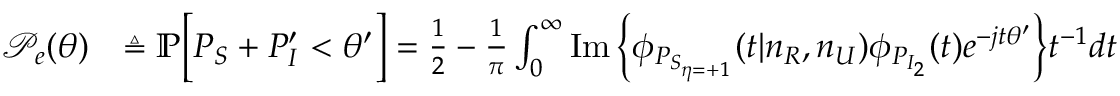
\begin{array} { r l } { \mathcal { P } _ { e } ( \theta ) } & { \triangleq \mathbb { P } \Big [ P _ { S } + P _ { I } ^ { \prime } < \theta ^ { \prime } \Big ] = \frac { 1 } { 2 } - \frac { 1 } { \pi } \int _ { 0 } ^ { \infty } \operatorname { I m } \Big \{ \phi _ { P _ { S _ { \eta = + 1 } } } ( t | n _ { R } , n _ { U } ) \phi _ { P _ { I _ { 2 } } } ( t ) e ^ { - j t \theta ^ { \prime } } \Big \} t ^ { - 1 } d t } \end{array}